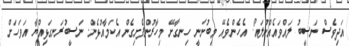
އަދިވެސް ނަސީބު ލައްވައެއްނުލައޯ. އެހެންވެއޭ މިބުނަނީ ހިނގާށޭ މިހާރުންފެށިގެން އެކަމާއުޅެން. ނަސީބުރަނގަޅިއްޔާ އަވަހަށް